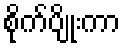
စိုက်ပျိုးကာ